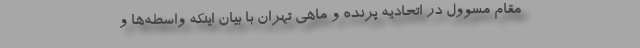
مقام مسوول در اتحادیه پرنده و ماهی تهران با بیان اینکه واسطه‌ها و